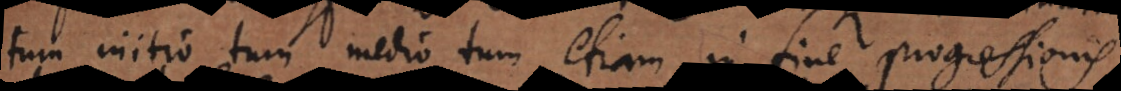
tum initio tum medio tum etiam in fine progressionis